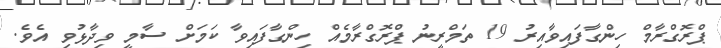
ޕްރޮގްރާމް ހިންގާފައިވާއިރު 19 ތަމްރީނު ޕްރޮގްރާމެއް ހިންގާފައިވާ ކަމަށް ސާމީ ވިދާޅުވި އެވެ.